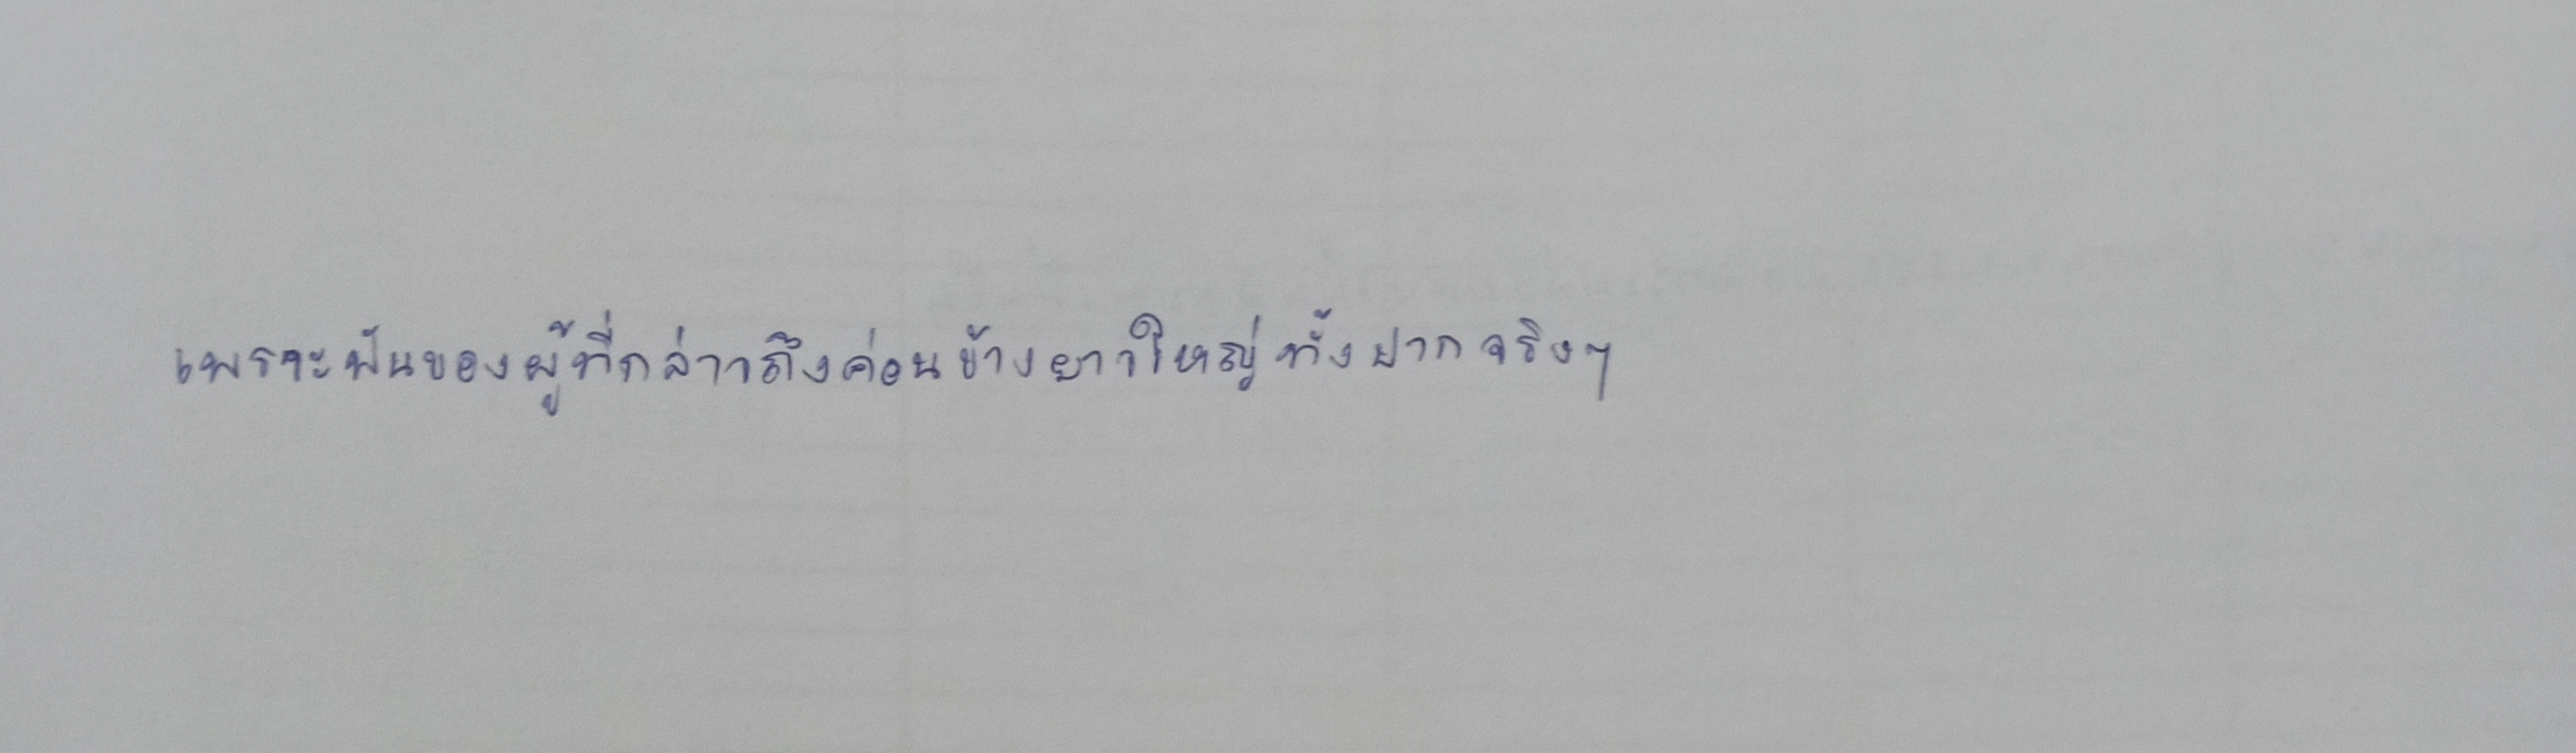
เพราะฟันของผู้ที่กล่าวถึงค่อนข้างยาวใหญ่ทั้งปากจริงๆ